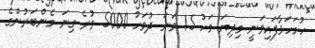
ހުށަހަޅާފައިވަނީ މިދިޔަ މަހު 15 ވަނަ ދުވަހު 5000 ވުރެ ގިނަ މެންބަރުންގެ